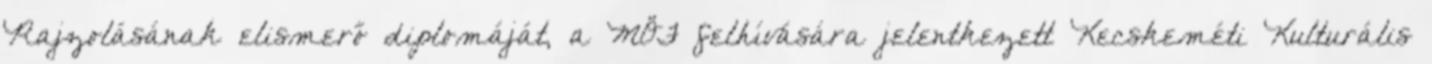
Rajzolásának elismerő diplomáját, a MÖF felhívására jelentkezett Kecskeméti Kulturális